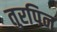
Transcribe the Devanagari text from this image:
तुरपिन